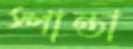
স্পান্তা